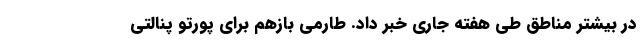
در بیشتر مناطق طی هفته جاری خبر داد. طارمی بازهم برای پورتو پنالتی